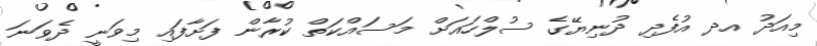
މިއަދު އދ އުފެދި ދުނިޔޭގެ ސުލްހައަށް މަސައްކަތް ކުރާން ފަށާފައި މިވަނީ ދެވަނަ